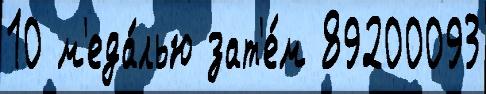
10 м'еда́лью зат'е́м 89200093